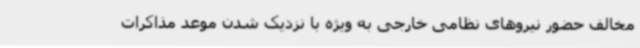
مخالف حضور نیروهای نظامی خارجی به ویژه با نزدیک شدن موعد مذاکرات